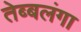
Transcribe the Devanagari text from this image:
तेब्बलंगा